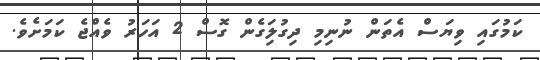
ކަމުގައި ވިޔަސް އެތަން ނުނިމި ދިގުލަިގެން ގޮސް 2 އަހަރު ވެއްޖެ ކަމަށެވެ.